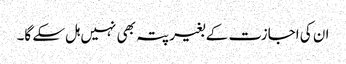
ان کی اجازت کے بغیر پتہ بھی نہیں ہل سکے گا۔